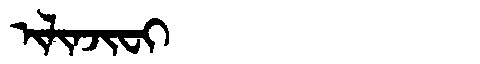
Manchu: ᡳᠯᡳᠨᠵᡳᠸᡳ
Romanization: ILINJIFI